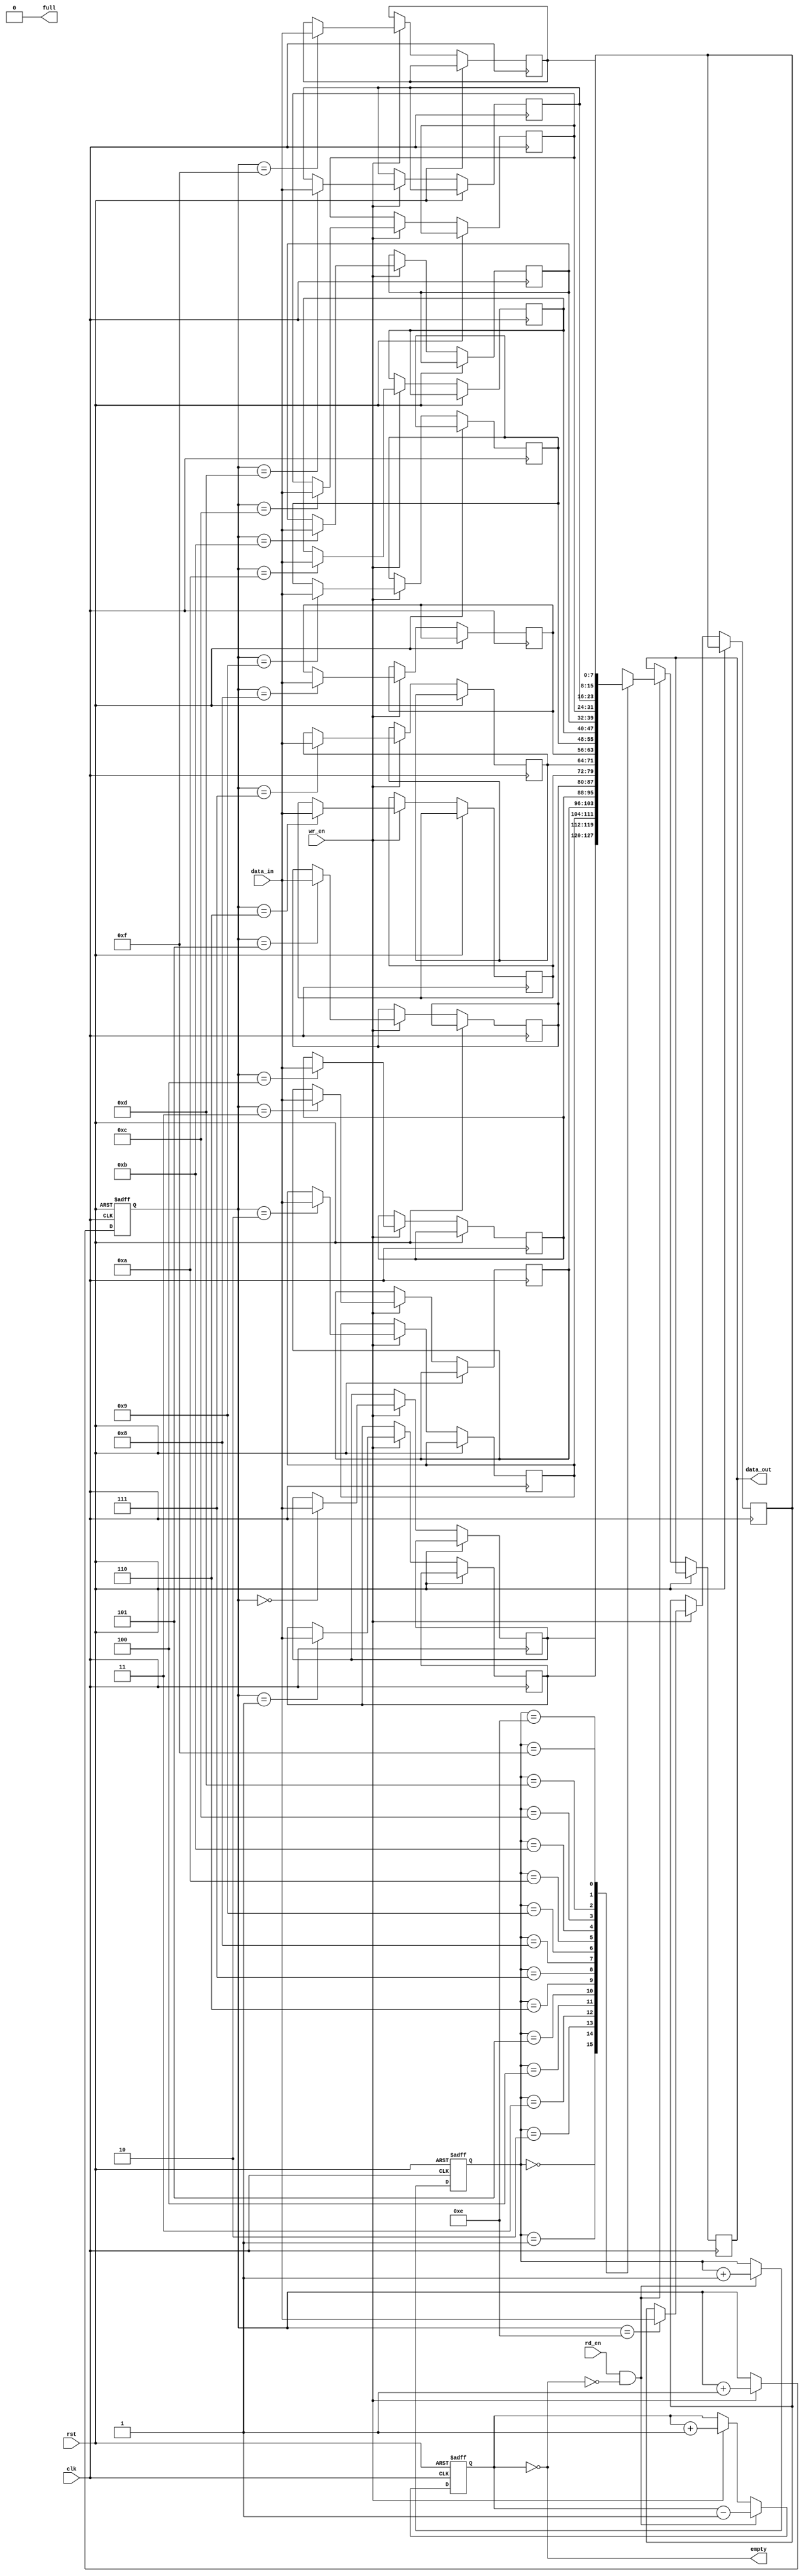
module fifo (
    input wire clk,
    input wire rst,
    input wire wr_en,
    input wire rd_en,
    input wire [7:0] data_in,
    output reg [7:0] data_out,
    output wire empty,
    output wire full
);

parameter DEPTH = 16;

reg [7:0] memory [0:DEPTH-1];
reg [3:0] wr_ptr, rd_ptr;
reg [3:0] count;

assign full = (count == DEPTH);
assign empty = (count == 0);

always @(posedge clk or posedge rst) begin
    if (rst) begin
        wr_ptr <= 4'b0;
        rd_ptr <= 4'b0;
        count <= 4'b0;
    end else begin
        if (wr_en && !full) begin
            memory[wr_ptr] <= data_in;
            wr_ptr <= wr_ptr + 1;
            count <= count + 1;
        end
        if (rd_en && !empty) begin
            data_out <= memory[rd_ptr];
            rd_ptr <= rd_ptr + 1;
            count <= count - 1;
        end
    end
end

endmodule